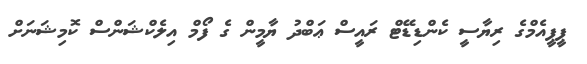
ޕީޕީއެމްގެ ރިޔާސީ ކެންޑިޑޭޓް ރައީސް ޢަބްދު ޔާމީން ގެ ފޯމް އިލެކްޝަންސް ކޮމިޝަނަށް